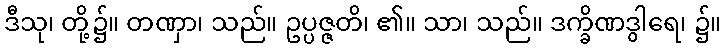
ဒီသု၊ တို့၌။ တဏှာ၊ သည်။ ဥပ္ပဇ္ဇတိ၊ ၏။ သာ၊ သည်။ ဒက္ခိဏဒွါရေ၊ ၌။